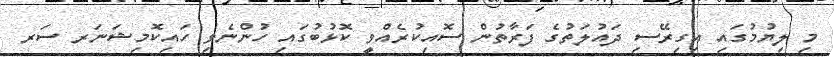
މި ލިޔުމުގައި އިގިރޭސި ދައުލަތުގެ ފަރާތުން ސޮއިކުރެއްވީ ކޮޅުބުގައި ހުންނެވި ހައިކޮމިޝަނަރ ސަރ